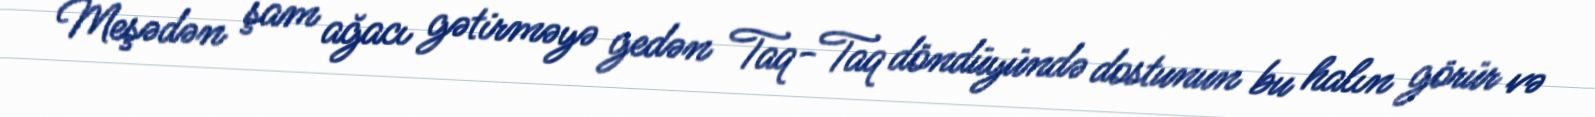
Meşədən şam ağacı gətirməyə gedən Taq-Taq döndüyündə dostunun bu halın görür və